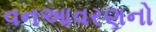
વનઆવરણનો